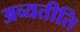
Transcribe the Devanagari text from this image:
अव्यतीति